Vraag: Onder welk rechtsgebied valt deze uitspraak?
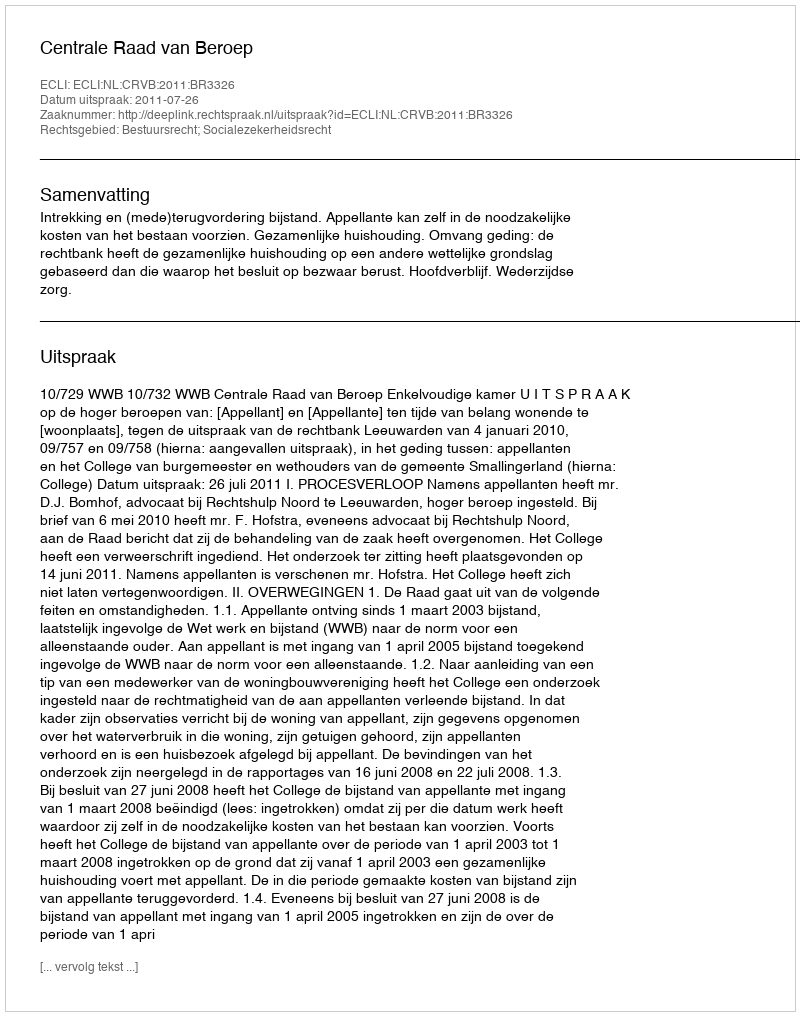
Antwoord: Bestuursrecht; Socialezekerheidsrecht